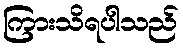
ကြားသိရပါသည်